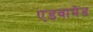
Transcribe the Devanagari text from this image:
एडवामेड